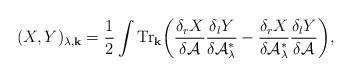
LaTeX: \begin{align*}(X,Y)_{\lambda,{\bf k}}=\frac{1}{2}\int{\mbox{Tr}}_{\bf k}\bigg( {\delta_r X \over \delta {\cal A}} {\delta_l Y \over \delta {\cal A}_\lambda^*} -{\delta_r X \over \delta {\cal A}_\lambda^*} {\delta_l Y \over \delta {\cal A}} \bigg),\end{align*}